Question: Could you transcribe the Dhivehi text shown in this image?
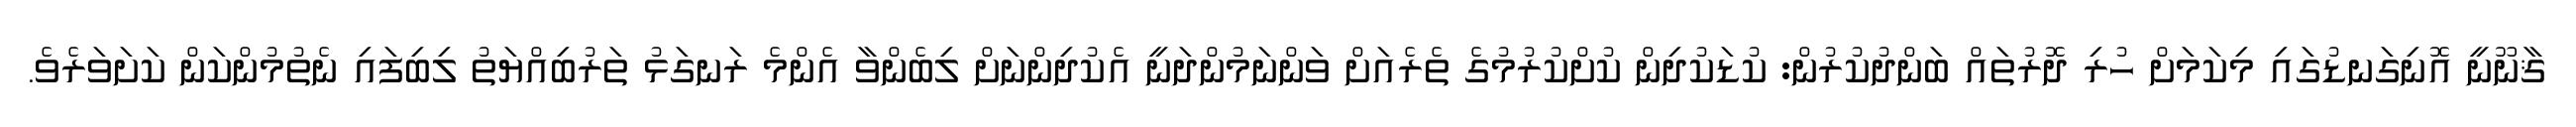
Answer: ޤާނޫނީ އޮނިގަނޑުގައި މިކަމަށް ހުރި ދޮރުތައް ބަންދުކުރުން: ކުޑަކުދިން ކުށްކުރުމުގެ ތެރެއަށް ވަންނަމުންދަނީ އެކުދިންނަށް ލިބެންވާ އެންމެ ރަނގަޅު ތަރުބިއްޔަތު ލިބިފައި ނެތުމުންކަން ކަށަވަރެވެ.